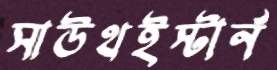
সাউথইস্টার্ন